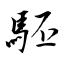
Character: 駓